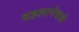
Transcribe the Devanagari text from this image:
दहलानेवाले